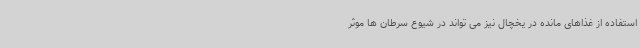
استفاده از غذاهای مانده در یخچال نیز می تواند در شیوع سرطان ها موثر